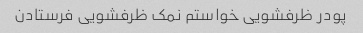
پودر ظرفشویی خواستم نمک ظرفشویی فرستادن